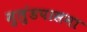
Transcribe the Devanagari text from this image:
मुलुंडपासना